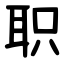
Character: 职